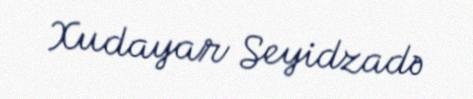
Xudayar Seyidzadə